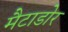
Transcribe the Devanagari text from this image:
मैटाडोर